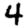
Digit: 4